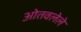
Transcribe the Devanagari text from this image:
ओतवलेले